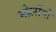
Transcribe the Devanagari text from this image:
मोलोंगो